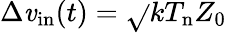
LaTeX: \Delta\mathit{v}_{\mathrm{{in}}}(t)=\sqrt{}{{kT_{\mathrm{{n}}}Z_{0}}}